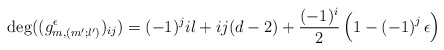
\begin{align*}\deg((g_{m,(m';l')}^\epsilon)_{ij})=(-1)^j il+ij(d-2)+\frac{(-1)^i}{2} \left( 1-\left( -1 \right)^j \epsilon \right) \end{align*}